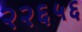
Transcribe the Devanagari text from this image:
२२६५६